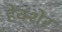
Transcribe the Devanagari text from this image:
हेक्शेर